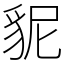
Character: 䝚